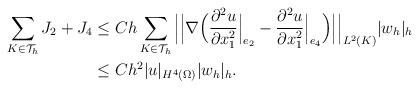
LaTeX: \begin{align*}\sum_{K\in\mathcal{T}_h}J_2+J_4&\leq Ch\sum_{K\in\mathcal{T}_h}\Big|\Big|\nabla\Big(\frac{\partial^2 u}{\partial x_1^2}\Big|_{e_2}-\frac{\partial^2 u}{\partial x_1^2}\Big|_{e_4}\Big)\Big|\Big|_{L^2(K)}|w_h|_h\\&\leq Ch^2|u|_{H^4(\Omega)}|w_h|_h.\end{align*}